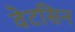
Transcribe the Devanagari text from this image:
वेटसिन